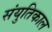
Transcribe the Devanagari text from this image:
संयुतिकाल